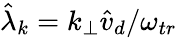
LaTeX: \hat{\lambda}_{k}=k_{\perp}\hat{v}_{d}/\omega_{tr}